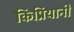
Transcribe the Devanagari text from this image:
किप्रियानी